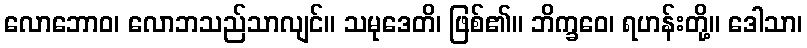
လောဘောဝ၊ လောဘသည်သာလျင်။ သမုဒေတိ၊ ဖြစ်၏။ ဘိက္ခဝေ၊ ရဟန်းတို့။ ဒေါသာ၊